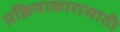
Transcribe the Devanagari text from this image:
प्रक्रियाकारासाठी